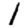
Digit: 1